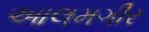
આલમગીર